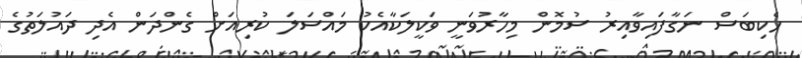
ހެކިބަސް ނަގާފައިވާއިރު ސުމޮން މިހާރުވަނީ ވަކީލަކާއެކު މައްސަލަ ކުރިއަށް ގެންދަން އެދި ދައުލަތުގެ